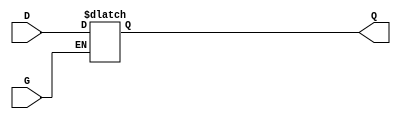
module GatedTransparentLatch(
    input wire D,      // Data input
    input wire G,      // Enable signal
    output reg Q       // Output
);

// Always block to implement the latch behavior
always @ (D or G) begin
    if (G) begin
        // When G is high, latch is transparent, output follows input
        Q <= D;
    end
    // When G is low, Q retains its last value (no action needed)
end

endmodule